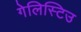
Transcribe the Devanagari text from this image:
गेलिस्टिउ